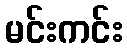
မင်းကင်း